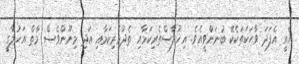
އެއީ އެފަދަ ވާހަކަތަކެކޭ ބުނަންވީއެވެ. އިޚުލާސްތެރިކަމާއި ތެދުވެރިކަމާއި އަދި މިނޫންވެސް މާތް އަޚުލާގީ